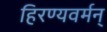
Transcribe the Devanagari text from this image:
हिरण्यवर्मन्